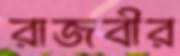
রাজবীর